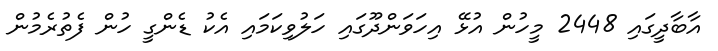
އާބާދީގައި 2448 މީހުން އުޅޭ އިހަވަންދޫގައި ހަލުވިކަމައި އެކު ޑެންގީ ހުން ފެތުރެމުން